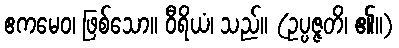
ဧကမေဝ၊ ဖြစ်သော။ ဝီရိယံ၊ သည်။ (ဥပ္ပဇ္ဇတိ၊ ၏။)